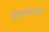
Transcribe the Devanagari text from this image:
फिल्म्वालाज